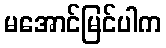
မအောင်မြင်ပါက